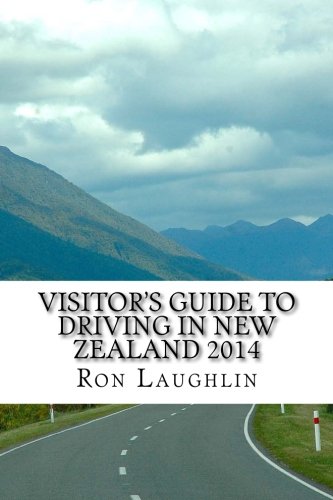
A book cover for Visitor's Guide to Driving in New Zealand 2014: by the travel guru of New Zealand; Ron Laughlin; Travel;